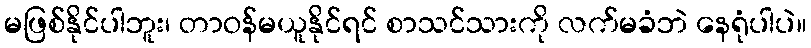
မဖြစ်နိုင်ပါဘူး၊ တာဝန်မယူနိုင်ရင် စာသင်သားကို လက်မခံဘဲ နေရုံပါပဲ။